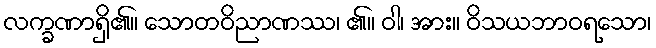
လက္ခဏာရှိ၏။ သောတဝိညာဏဿ၊ ၏။ ဝါ၊ အား။ ဝိသယဘာဝရသော၊